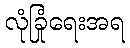
လုံခြုံရေးအရ